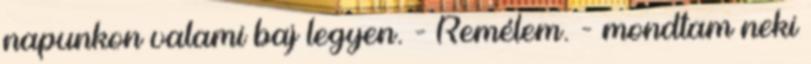
napunkon valami baj legyen. - Remélem. - mondtam neki